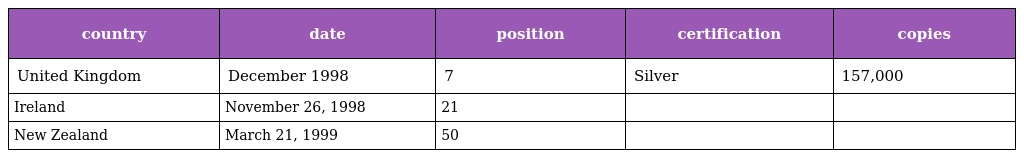
| country | date | position | certification | copies |
 | --- | --- | --- | --- | --- |
 | United Kingdom | December 1998 | 7 | Silver | 157,000 |
 | Ireland | November 26, 1998 | 21 |  |  |
 | New Zealand | March 21, 1999 | 50 |  |  |